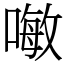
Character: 𠽊